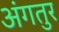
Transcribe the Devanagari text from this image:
अंगतुर